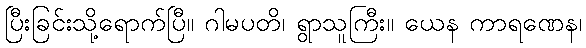
ပြီးခြင်းသို့ရောက်ပြီ။ ဂါမပတိ၊ ရွာသူကြီး။ ယေန ကာရဏေန၊